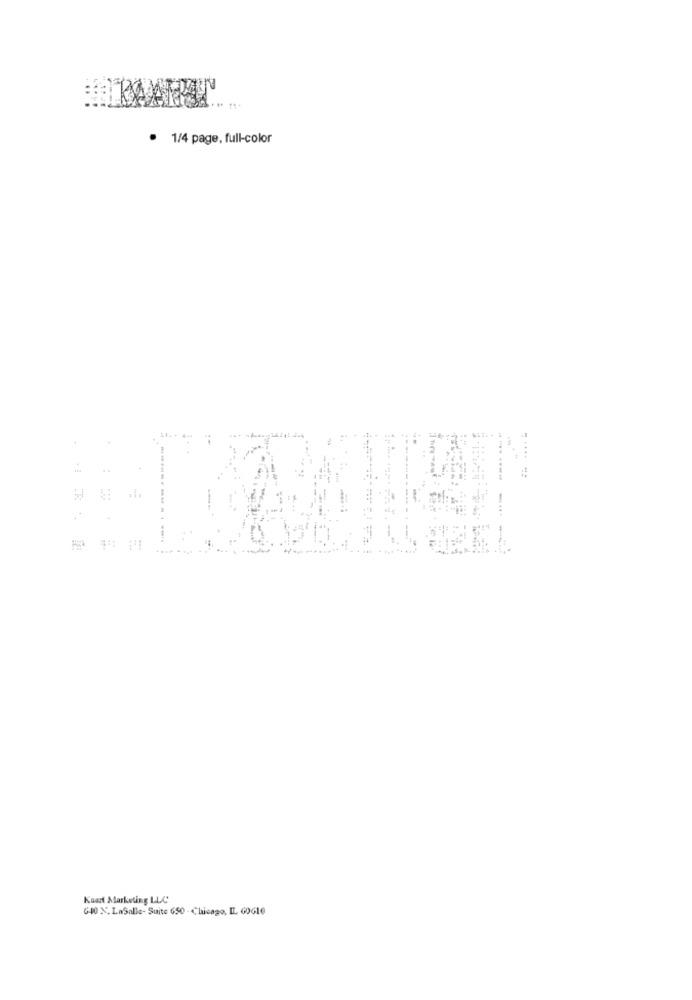
· 1/4 page, full-color
--.
--.
Kaart Marketing LLC
G40 %, LaSalle- Suite 650 - Chicago, IL GOGIe